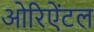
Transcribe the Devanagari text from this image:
ओरिऐंटल